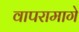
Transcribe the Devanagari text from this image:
वापरामागे